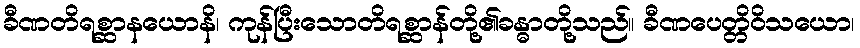
ခီဏတိရစ္ဆာနယောနိ၊ ကုန်ပြီးသောတိရစ္ဆာန်တို့၏ခန္ဓာတို့သည်။ ခီဏပေတ္တိဝိသယော၊